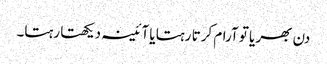
دن بھر یا تو آرام کرتا رہتا یا آئینہ دیکھتا رہتا۔